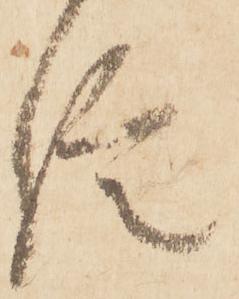
信